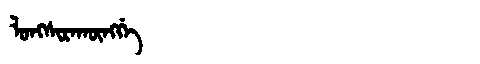
Manchu: ᠯᠣᠩᠰᡳᡵᠠᡴᡡᠩᡤᡝ
Romanization: LONGSIRAKŪNGGE